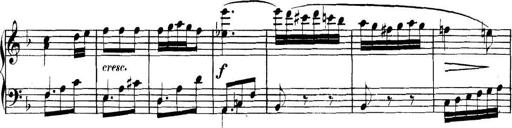
Title: Collected Piano Sonatas
Composer: Muzio Clementi